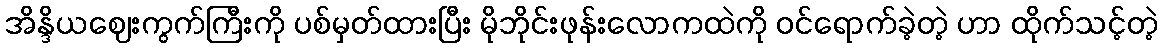
အိန္ဒိယဈေးကွက်ကြီးကို ပစ်မှတ်ထားပြီး မိုဘိုင်းဖုန်းလောကထဲကို ဝင်ရောက်ခဲ့တဲ့ ဟာ ထိုက်သင့်တဲ့